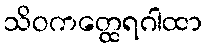
သိဝကတ္ထေရဂါထာ